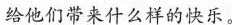
给他们带来什么样的快乐。